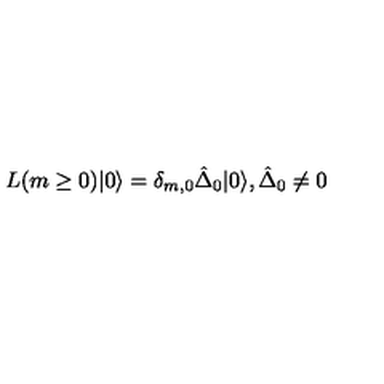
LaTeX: L ( m \geq 0 ) | 0 \rangle = \delta _ { m , 0 } \hat { \Delta } _ { 0 } | 0 \rangle , \hat { \Delta } _ { 0 } \neq 0